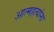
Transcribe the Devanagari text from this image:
आत्महत्यांना